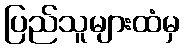
ပြည်သူများထံမှ